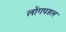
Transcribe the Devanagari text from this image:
लोंगपडल